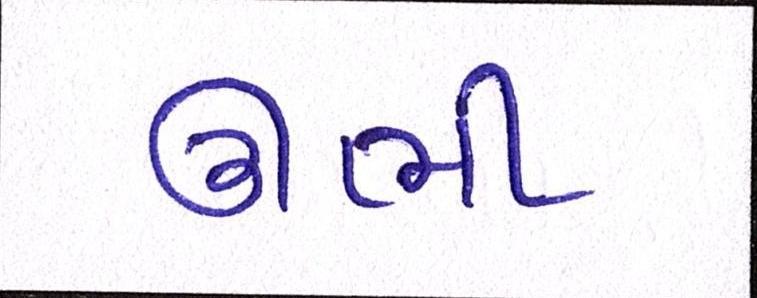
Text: ઊભી